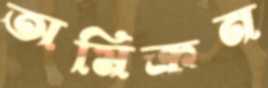
অমিক্রন